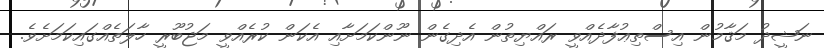
ނަޝީދު މަޤާމުން އިސްތިޢުފާދެއްވީ ރައްޔިތުން އެދިގެން ނޫންކަމަށާއި އެކަން ކުރެއްވީ މަޖުބޫރީ ހާލަތެއްގައިކަމަށެވެ.